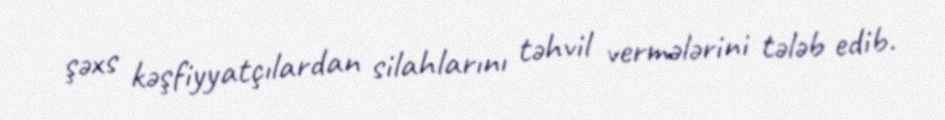
şəxs kəşfiyyatçılardan silahlarını təhvil vermələrini tələb edib.